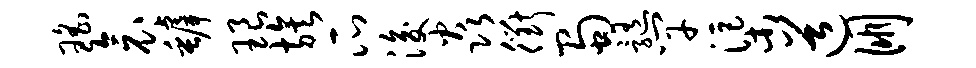
瑶衾罅琅族瓜浚焱衢蜀髓竿渠道朋